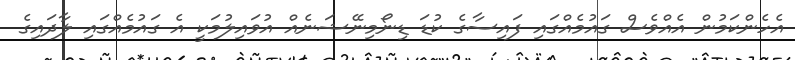
އެހެންކަމުން އެއްވެސް ގައުމެއްގައި ފައިސާގެ ކުޑަ ޑިނޯމިނޭޝަނެއް އުވައިލުމަކީ އެ ގައުމެއްގައި ލާދައިގެ